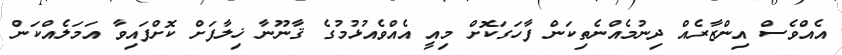
އެއްވެސް އިންޒާރެއް ދިނުމެއްނެތިކަން ފާހަގަކޮށް މިއީ އެއްވެއުޅުމުގެ ޤާނޫނާ ޚިލާފަށް ކޮށްފައިވާ އަމަލެއްކަން